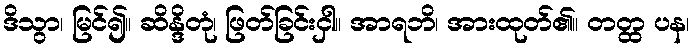
ဒိသွာ၊ မြင်၍။ ဆိန္ဒိတုံ၊ ဖြတ်ခြင်းငှါ။ အာရဘိ၊ အားထုတ်၏။ တတ္ထ ပန၊